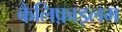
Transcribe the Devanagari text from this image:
कैलिफ़ाइलम